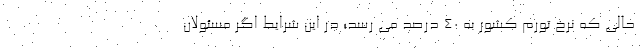
حالی که نرخ تورم کشور به ۴۰ درصد می رسد؛ در این شرایط اگر مسئولان